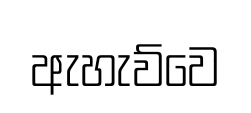
ඇහැව්වෙ